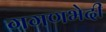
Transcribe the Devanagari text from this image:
गगणभेदी